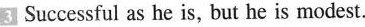
3 Successful as he is, but he is modest.